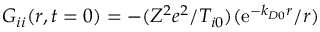
G _ { i i } ( \boldsymbol { r } , t = 0 ) = - ( Z ^ { 2 } e ^ { 2 } / T _ { i 0 } ) ( \mathrm { e } ^ { - k _ { D 0 } r } / r )